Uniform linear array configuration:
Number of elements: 12
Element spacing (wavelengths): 0.5
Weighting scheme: hamming
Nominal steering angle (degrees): -30
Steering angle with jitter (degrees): -30.239
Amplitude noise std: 0.05
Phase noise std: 0.05

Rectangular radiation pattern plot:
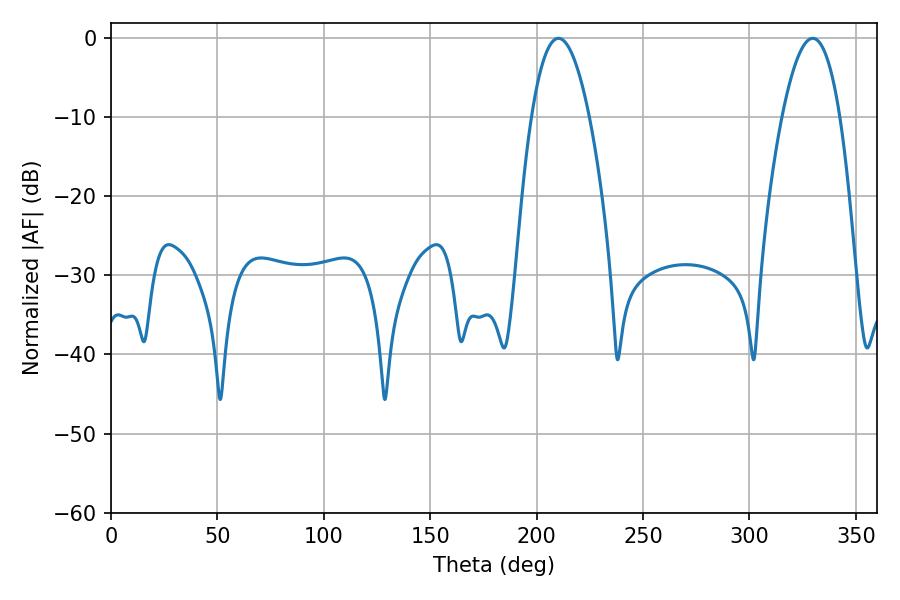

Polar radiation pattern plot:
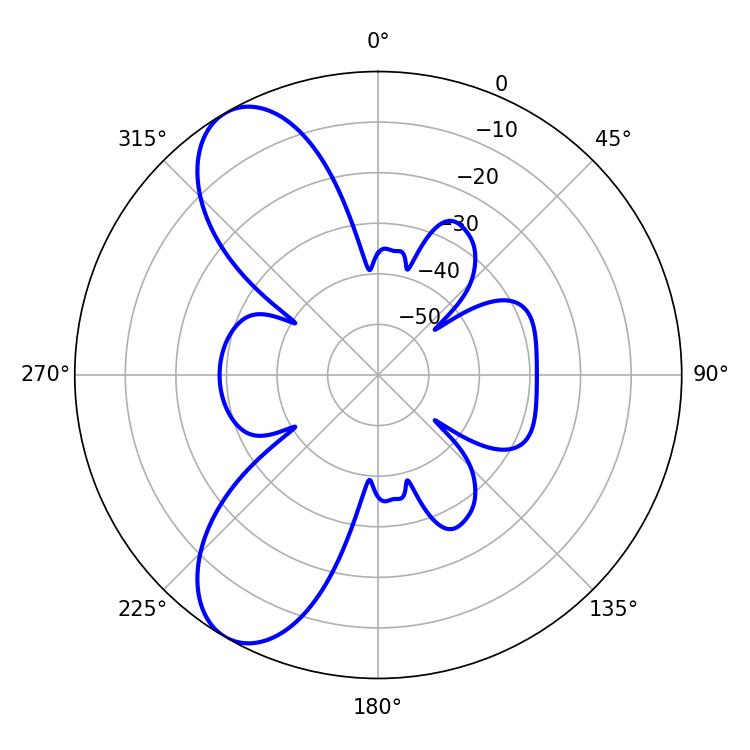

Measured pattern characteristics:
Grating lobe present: FALSE
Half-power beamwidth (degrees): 14.94
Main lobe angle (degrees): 210.24